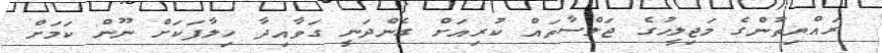
ރައްޔިތުންގެ މަޖިލީހުގެ ޖަލްސާތައް ކުރިއަށް ގެންދަނީ ގަވާއިދާ ހިލާފަކަށް ނޫން ކަމަށް